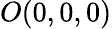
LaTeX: O(0,0,0)